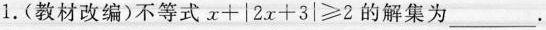
1.(教材改编)不等式 $$x + \left | 2 x + 3 \right |